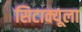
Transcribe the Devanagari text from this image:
सिटाक्यूला